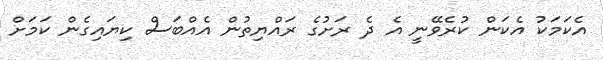
އެކަމަކު އެކަން ކުރެވޭނީ އެ ދެ ރަށުގެ ރައްޔިތުން އެއްބަސް ކިޔައިގެން ކަމަށް